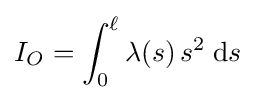
I_{O}=\int _{0}^{\ell }\lambda (s)\,s^{2}\;\mathrm {d} s